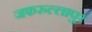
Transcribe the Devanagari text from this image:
जफरुल्लापुर